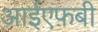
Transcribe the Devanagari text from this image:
आईएफ़बी